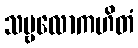
သဗ္ဗလောကဟိတံ